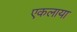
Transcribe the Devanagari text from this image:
एकलाया